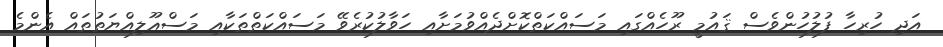
އަދި ހުރިހާ ފުލުހުންވެސް ޤައުމީ ރޫހެއްގައި މަސައްކަތްކޮށްދެއްވުމަށާއި ހަވާލުކުރެވޭ މަސައްކަތްތަކާއި މަސްޢޫލިއްޔަތުތައް އެންމެ